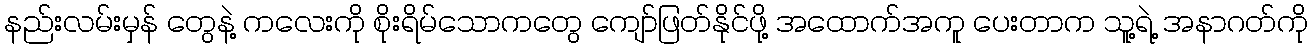
နည်းလမ်းမှန် တွေနဲ့ ကလေးကို စိုးရိမ်သောကတွေ ကျော်ဖြတ်နိုင်ဖို့ အထောက်အကူ ပေးတာက သူ့ရဲ့ အနာဂတ်ကို